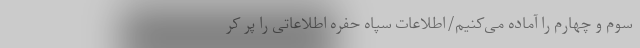
سوم و چهارم را آماده می‌کنیم‌/اطلاعات سپاه حفره اطلاعاتی را پر کر